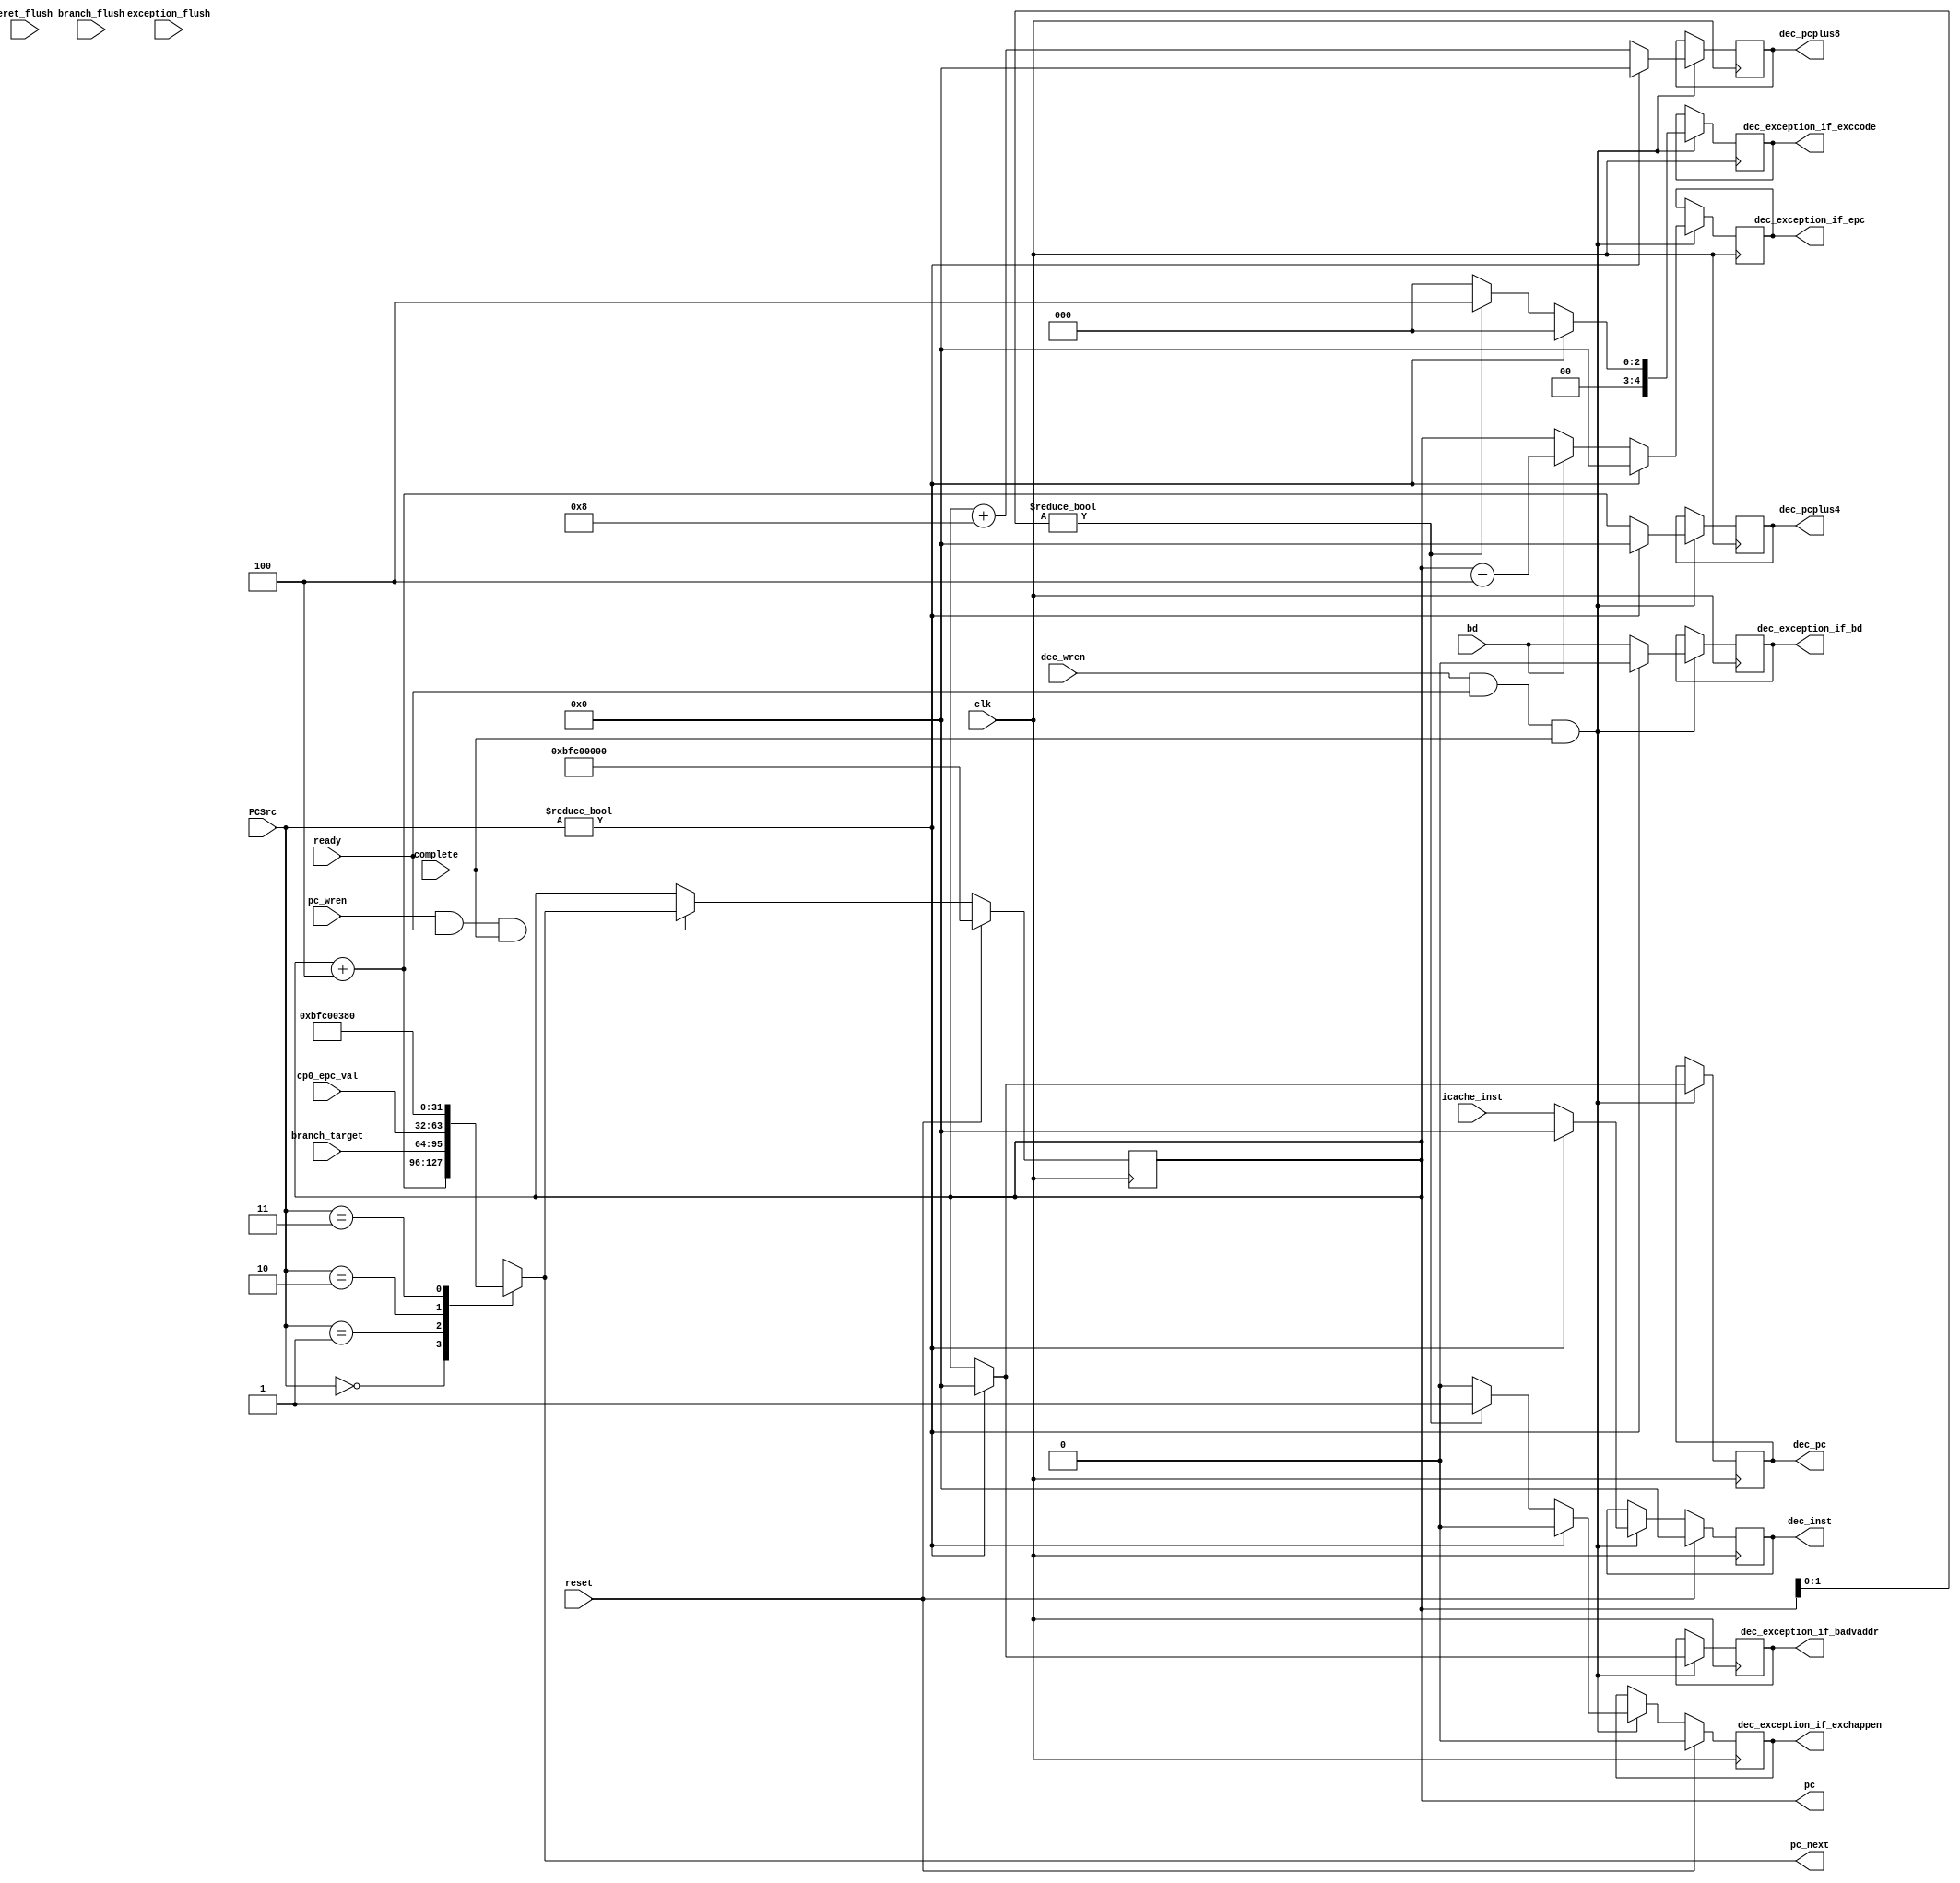
module if_stage (
    input wire              clk,
    input wire              reset,
    input wire [1:0]        PCSrc,
    input wire [31:0]       branch_target,
    input wire [31:0]       cp0_epc_val,
    input wire              pc_wren,
    input wire              dec_wren,
    input wire              ready,
    input wire              complete,
    input wire              exception_flush,
    input wire              branch_flush,
    input wire              eret_flush,
    input wire              bd,
    input wire [31:0]       icache_inst,

    output reg [31:0]       pc,
    output reg  [31:0]      pc_next,
    output reg [31:0]       dec_inst,
    output reg [31:0]       dec_pcplus4,
    output reg [31:0]       dec_pcplus8,
    output reg [31:0]       dec_pc,
    output reg              dec_exception_if_exchappen,
    output reg [31:0]       dec_exception_if_epc,
    output reg              dec_exception_if_bd,
    output reg [31:0]       dec_exception_if_badvaddr,
    output reg [4:0]        dec_exception_if_exccode          
);
    
    wire [31:0]       pcplus4;
    wire [31:0]       pcplus8;
    wire              exception_if_exchappen;
    wire [31:0]       exception_if_epc;
    wire              exception_if_bd;
    wire [31:0]       exception_if_badvaddr;
    wire [4:0]        exception_if_exccode;
    wire              flush;

 assign flush  = PCSrc != 0;

    assign pcplus4 = pc + 4;
    assign pcplus8 = pc + 8;
    always@(*)
    case(PCSrc) 
        2'b00 : pc_next = pcplus4;
        2'b01 : pc_next = branch_target;
        2'b10 : pc_next = cp0_epc_val;
        2'b11 : pc_next = 32'hbfc00380;
      default : pc_next =  pcplus4;
      endcase
    
    always @(posedge clk)
    if (reset)
        pc <= 32'hbfc00000;
    else if (pc_wren && ready && complete)
        pc <= pc_next;

    assign exception_if_epc = bd ? pc - 4 : pc;
    assign exception_if_bd = bd;
    assign exception_if_badvaddr = pc;
    assign exception_if_exchappen = (pc[1:0] != 2'b00 ) ?  1 : 0;
    assign exception_if_exccode =  (pc[1:0] != 2'b00 ) ?  5'd4 : 0;


    always@(posedge clk)
    if(reset)
    begin
        dec_inst <= 0;
        dec_exception_if_exchappen <= 0;
    end
    else if(dec_wren && ready && complete)
    begin
         dec_inst <= flush ?  0  : icache_inst;
         dec_exception_if_exchappen <=  flush ? 0 : exception_if_exchappen;
    end

    always @(posedge clk)
     if (dec_wren && ready && complete)
    begin
        dec_pcplus4 <= flush ? 0 : pcplus4;
        dec_pcplus8 <= flush ? 0 : pcplus8;
        dec_pc <= flush ? 0 : pc;
        dec_exception_if_epc <= flush ? 0 : exception_if_epc;
        dec_exception_if_bd <= flush ? 0 : exception_if_bd;
        dec_exception_if_badvaddr <= flush ? 0 : exception_if_badvaddr;
        dec_exception_if_exccode  <= flush ? 0 : exception_if_exccode;
    end
    
endmodule